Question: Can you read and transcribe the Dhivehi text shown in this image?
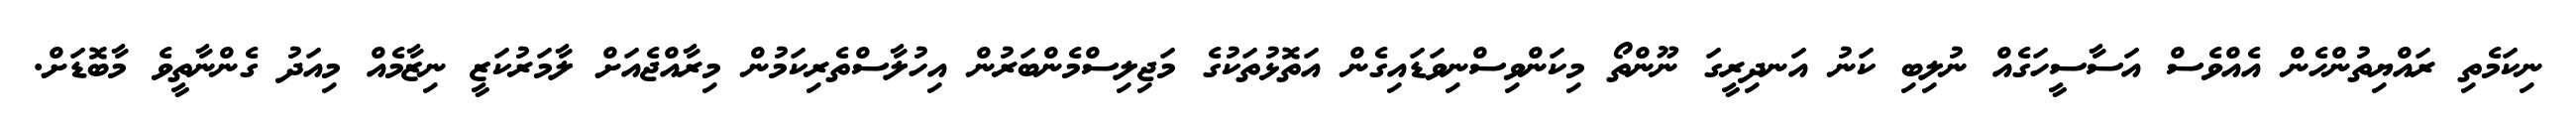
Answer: ނިކަމެތި ރައްޔިތުންހެން އެއްވެސް އަސާސީހަގެއް ނުލިބި ކަނު އަނދިރީގަ ނޫންތޯ މިކަންވިސްނިވަޑައިގެން އަތޮޅުތަކުގެ މަޖިލިސްމެންބަރުން އިހުލާސްތެރިކަމުން މިރާއްޖެއަށް ލާމަރުކަޒީ ނިޒާމެއް މިއަދު ގެންނާތީވެ މާބޮޑަށް.